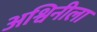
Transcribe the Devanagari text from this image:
अश्विनीला